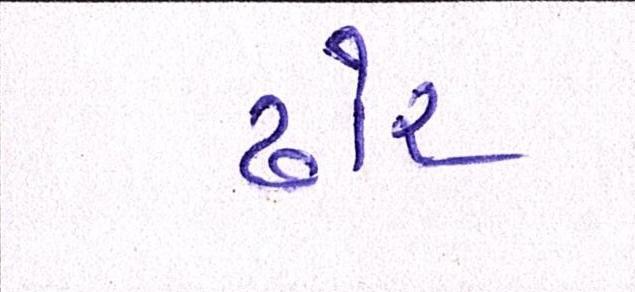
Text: ઢોર